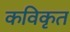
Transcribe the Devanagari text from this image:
कविकृत